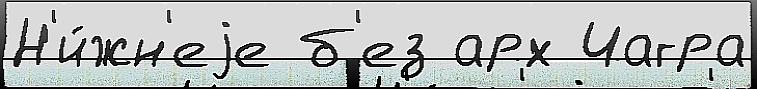
Н'и́жн'еjе б'ез арх Чагра